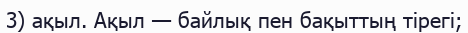
3) ақыл. Ақыл — байлық пен бақыттың тірегі;